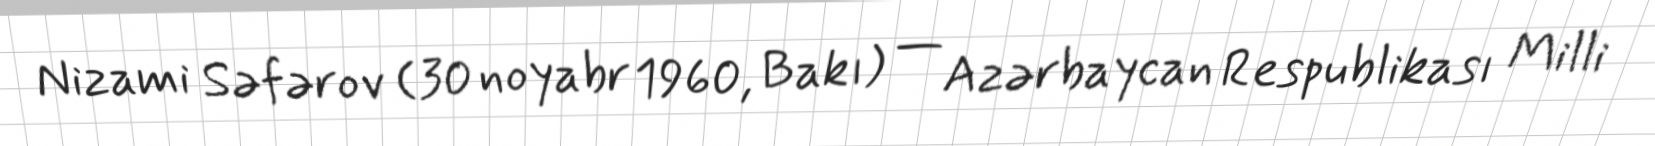
Nizami Səfərov (30 noyabr 1960, Bakı) — Azərbaycan Respublikası Milli